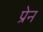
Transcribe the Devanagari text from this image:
प्रेन